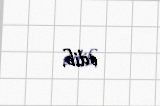
edib.